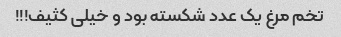
تخم مرغ یک عدد شکسته بود و خیلی کثیف!!!